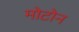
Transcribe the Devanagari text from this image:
मोटोन